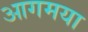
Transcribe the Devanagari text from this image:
आगमया